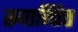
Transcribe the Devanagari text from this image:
रूपान्त्रित